Lunatic asylums Central Provinces reports 1910-1926 - 1910-1926
Year: 1910
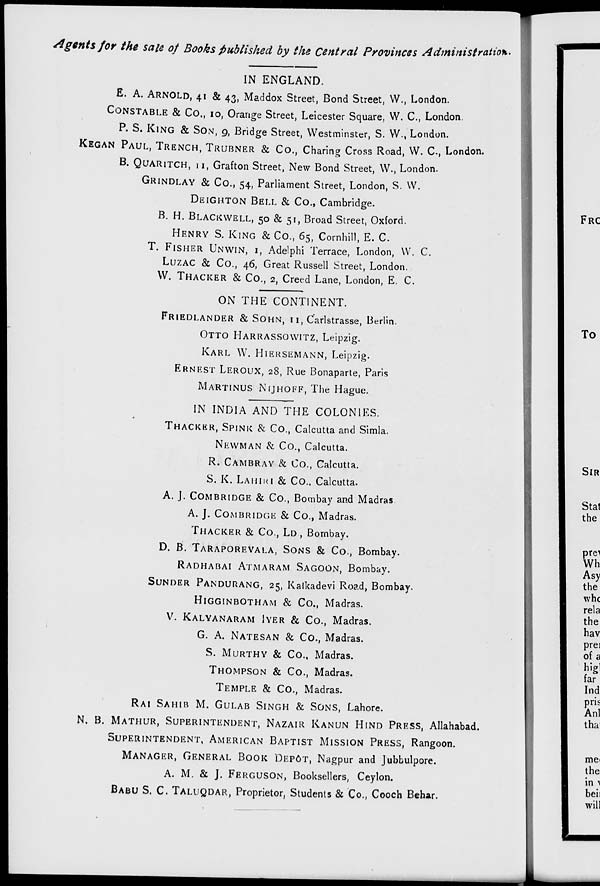
Agents for the sale of Books published by the Central Provinces Administration.
IN ENGLAND.
E. A. ARNOLD, 41 & 43, Maddox Street, Bond Street, W., London.
CONSTABLE & Co., 10, Orange Street, Leicester Square, W. C, London.
P. S. KING & SON, 9, Bridge Street, Westminster, S. W., London.
KEGAN PAUL, TRENCH, TRUBNER & Co., Charing Cross Road, W. C., London.
B. QUARITCH, 11, Grafton Street, New Bond Street, W., London.
GRINDLAY & Co., 54, Parliament Street, London, S. W.
DEIGHTON BEL & Co., Cambridge.
B. H. BLACKWELL, 50 & 51, Broad Street, Oxford.
HENRY S.KING & Co., 65, Cornhill, E. C.
T. FISHER UNWIN, 1, Adelphi Terrace, London, W. C.
LUZAC & Co., 46, Great Russell Street, London.
W. THACKER & Co., 2, Creed Lane, London, E. C.
ON THE CONTINENT.
FRIEDLANDER & SOHN, 11, Carlstrasse, Berlin.
OTTO HARRASSOWITZ, Leipzig.
KARL W. HIERSEMANN, Leipzig.
ERNEST LEROUX, 28, Rue Bonaparte, Paris
MARTINUS NIJHOFF, The Hague.
IN INDIA AND THE COLONIES.
THACKER, SPINK & Co., Calcutta and Simla.
NEWMAN & Co., Calcutta.
R. CAMBRAY & Co., Calcutta.
S. K. LAHIRI & Co., Calcutta.
A. J. COMBRIDGE & Co., Bombay and Madras
A. J. COMBRIDGE & Co., Madras.
THACKER & Co., LD., Bombay.
D. B. TARAPOREVALA, SONS & Co., Bombay.
RADHABAI ATMARAM SAGOON, Bombay.
SUNDER PANDURANG, 25, Kalkadevi Road, Bombay.
HIGGINBOTHAM & Co., Madras.
V. KALYANARAM IYER & Co., Madras.
G. A. NATESAN & Co., Madras.
S. MURTHY & Co., Madras.
THOMPSON & Co., Madras.
TEMPLE & Co., Madras.
RAI SAHIB M. GULAB SINGH & SONG, Lahore.
N. B. MATHUR, SUPERINTENDENT, NAZAIR KANUN HIND PRESS, Allahabad.
SUPERINTENDENT, AMERICAN BAPTIST MISSION PRESS, Rangoon.
MANAGER, GENERAL BOOK DEPÔT, Nagpur and Jubbulpore.
A. M. & J. FERGUSON, Booksellers, Ceylon.
BABU S. C. TALUQDAR, Proprietor, Students & Co., Cooch Behar.